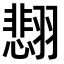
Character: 𫅰